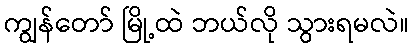
ကျွန်တော် မြို့ထဲ ဘယ်လို သွားရမလဲ။